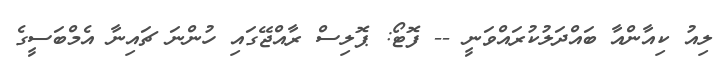
ލިއު ކިއާންއާ ބައްދަލުކުރައްވަނީ -- ފޮޓޯ: ޕޮލިސް ރާއްޖޭގައި ހުންނަ ޗައިނާ އެމްބަސީގެ